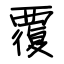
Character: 覆